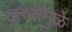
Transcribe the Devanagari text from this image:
खरजेमुळे